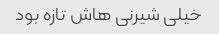
خیلی شیرنی هاش تازه بود